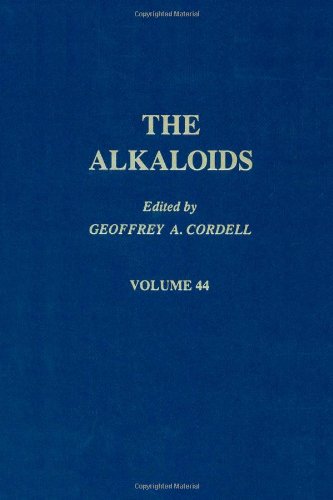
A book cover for The Alkaloids: Chemistry and Pharmacology, Vol. 44; Science & Math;